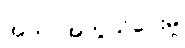
အကာအကွယ်ပေးမှု